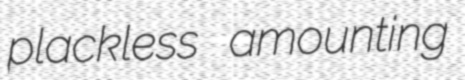
plackless amounting